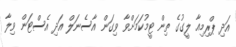
އަދި ޕްރިމިއާ ލީގުގެ ތިން ޓީމުކަމަށްވާ ވިގަން އާސެނަލް އަދި އެސްޓަން ވިލާ